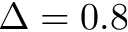
\Delta = 0 . 8